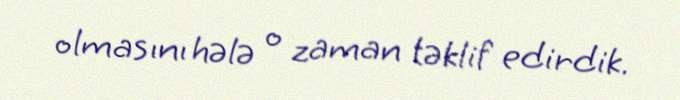
olmasını hələ o zaman təklif edirdik.